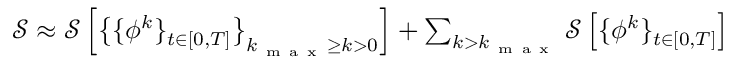
\begin{array} { r } { \mathcal { S } \approx \mathcal { S } \left[ \big \{ \{ { \phi } ^ { k } \} _ { t \in [ 0 , T ] } \big \} _ { k _ { \mathrm { ~ m ~ a ~ x ~ } } \geq k > 0 } \right] + \sum _ { k > k _ { \mathrm { ~ m ~ a ~ x ~ } } } \mathcal { S } \left[ \{ { \phi } ^ { k } \} _ { t \in [ 0 , T ] } \right] } \end{array}